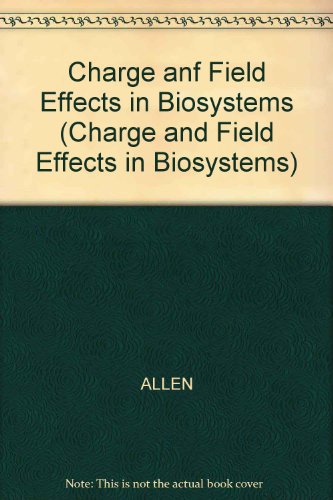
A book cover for Charge and Field Effects in Biosystems; Science & Math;